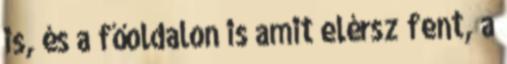
is, és a főoldalon is amit elérsz fent, a